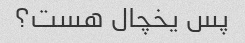
پس یخچال هست؟